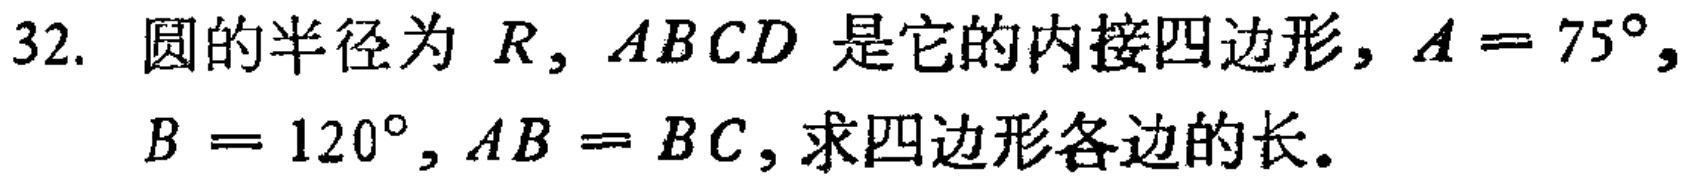
32. 圆的半径为 \(R\), \(ABCD\) 是它的内接四边形, \(A = 75^{\circ}\), \(B = 120^{\circ}, AB = BC\), 求四边形各边的长.